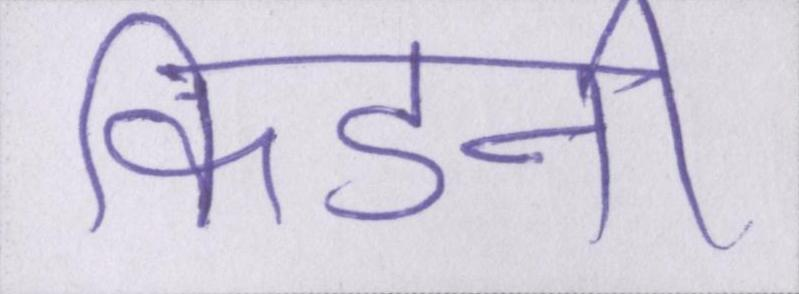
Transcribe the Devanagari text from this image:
किडनी